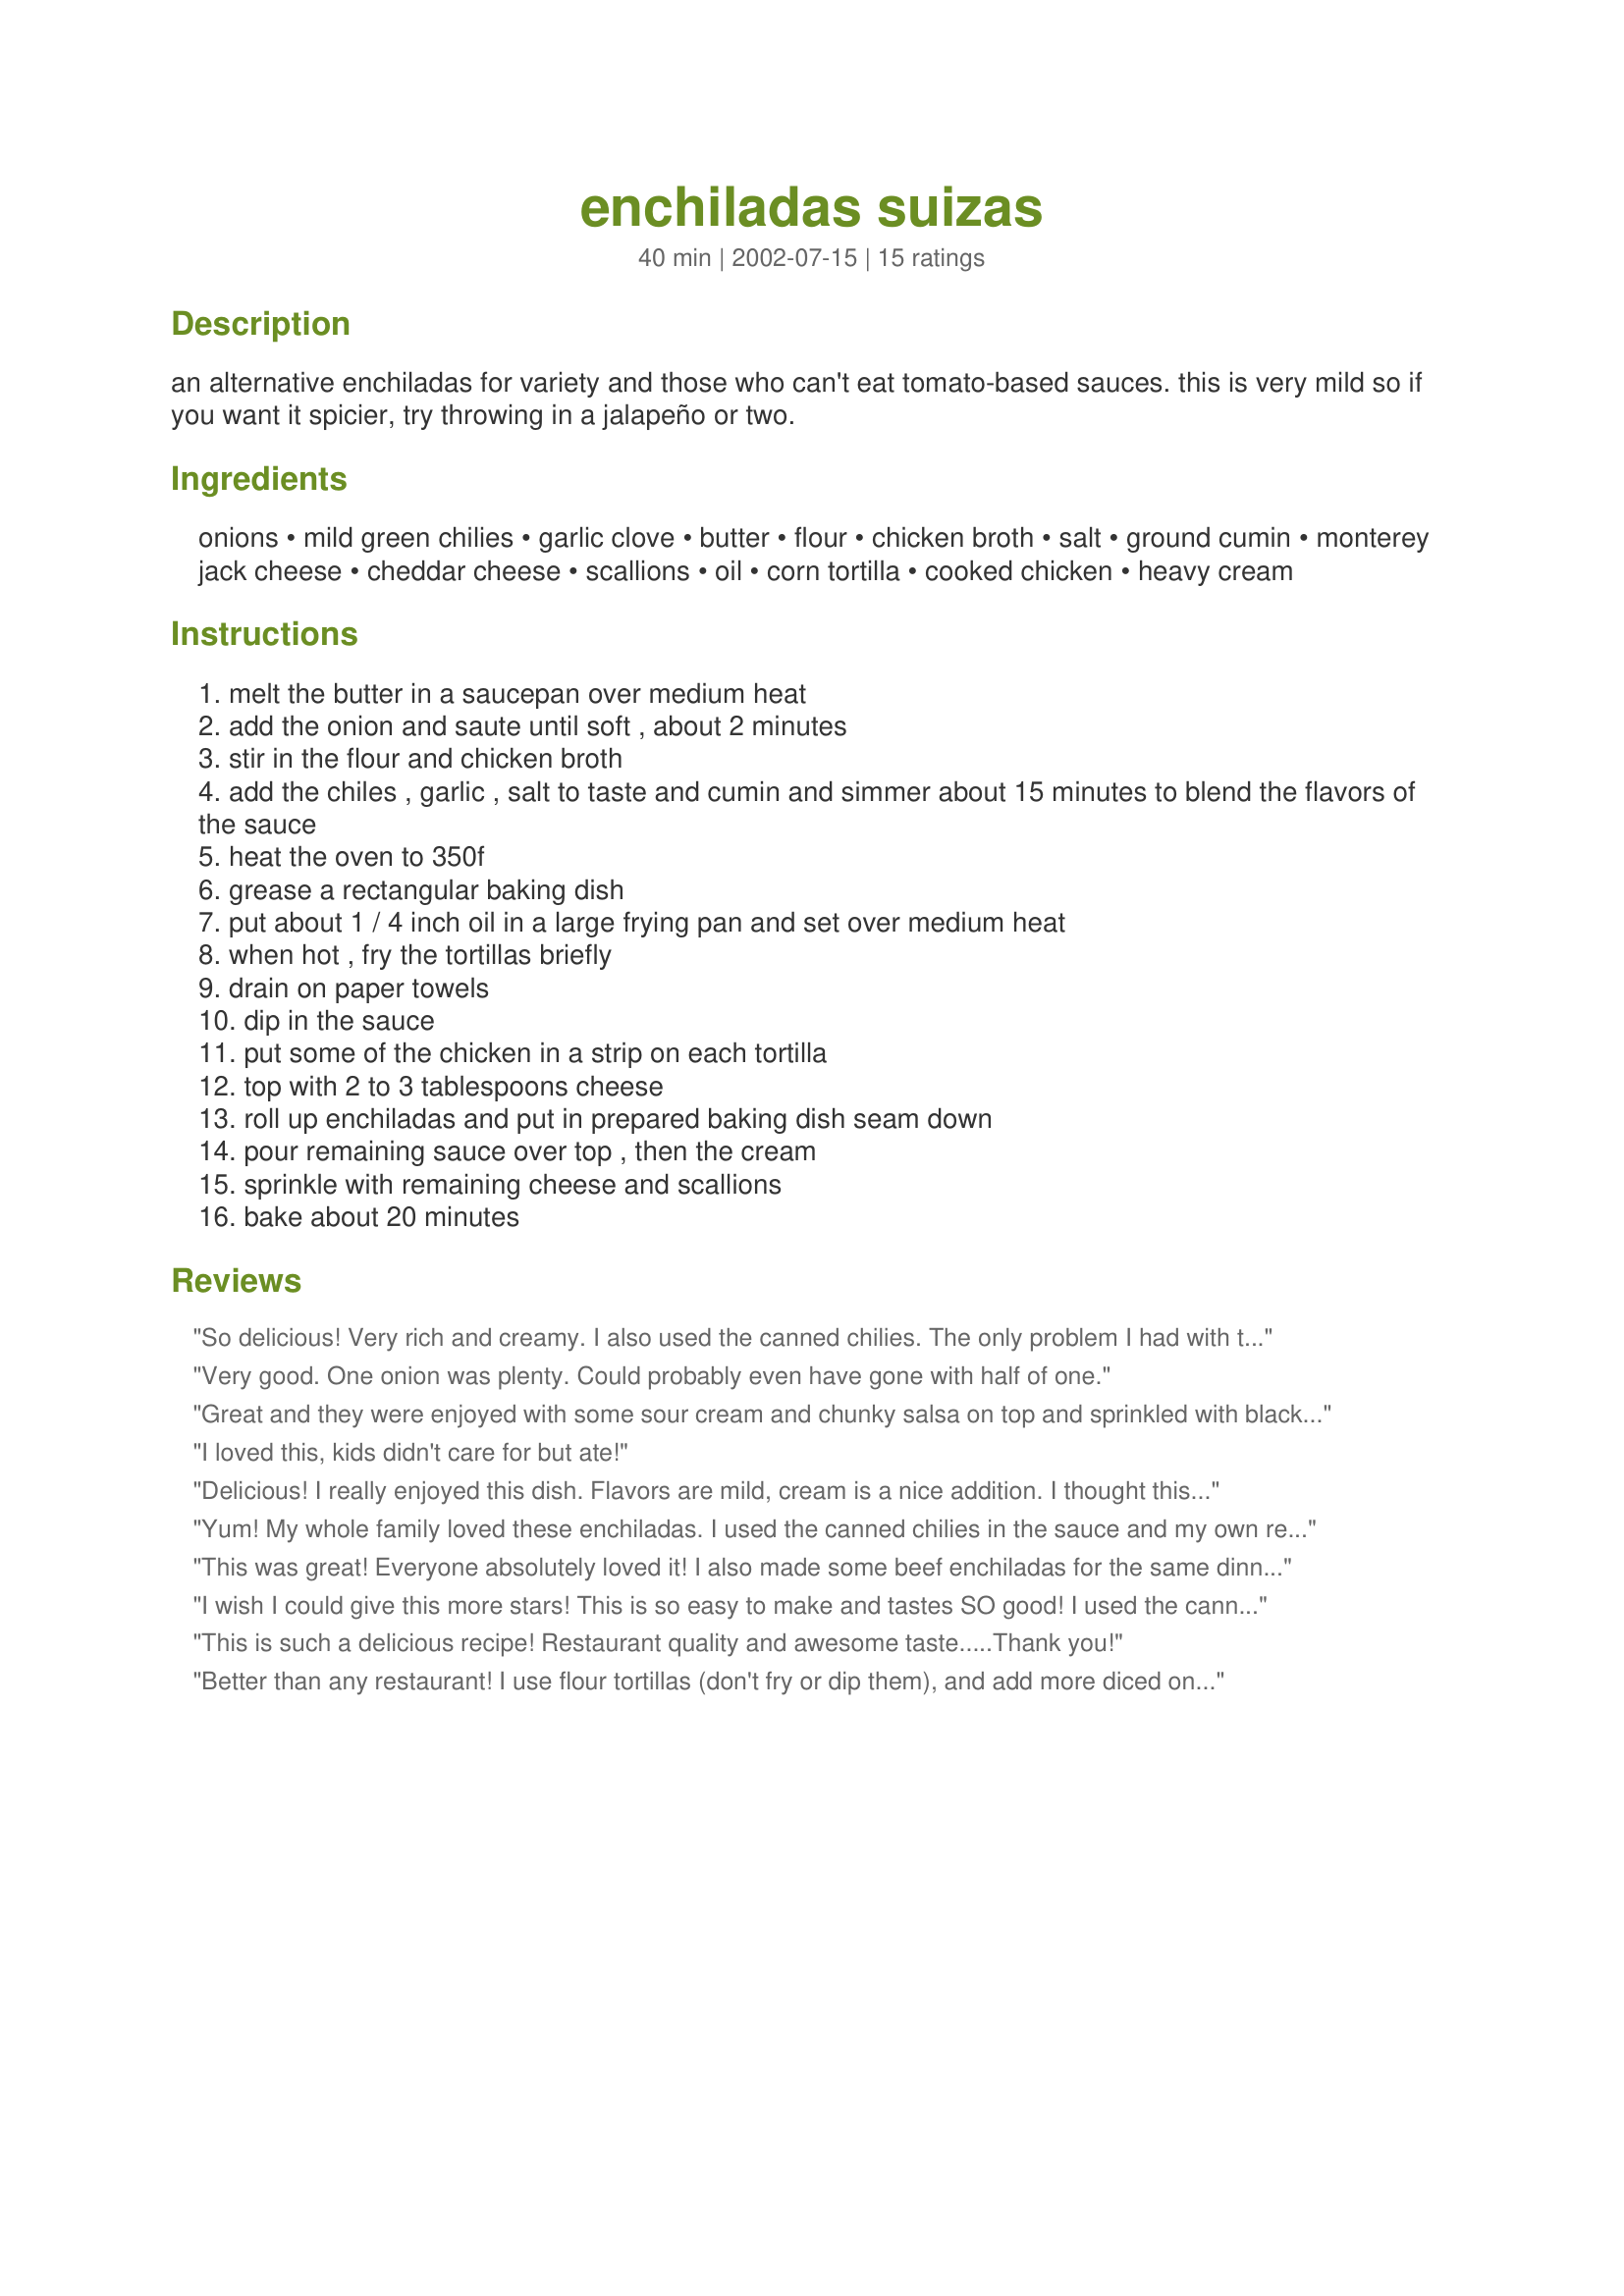
enchiladas suizas
Preparation time: 40 minutes

an alternative enchiladas for variety and those who can't eat tomato-based sauces. this is very mild so if you want it spicier, try throwing in a jalapeño or two.

Ingredients:
onions, mild green chilies, garlic clove, butter, flour, chicken broth, salt, ground cumin, monterey jack cheese, cheddar cheese, scallions, oil, corn tortilla, cooked chicken, heavy cream

Steps:
melt the butter in a saucepan over medium heat
add the onion and saute until soft , about 2 minutes
stir in the flour and chicken broth
add the chiles , garlic , salt to taste and cumin and simmer about 15 minutes to blend the flavors of the sauce
heat the oven to 350f
grease a rectangular baking dish
put about 1 / 4 inch oil in a large frying pan and set over medium heat
when hot , fry the tortillas briefly
drain on paper towels
dip in the sauce
put some of the chicken in a strip on each tortilla
top with 2 to 3 tablespoons cheese
roll up enchiladas and put in prepared baking dish seam down
pour remaining sauce over top , then the cream
sprinkle with remaining cheese and scallions
bake about 20 minutes

Reviews:
So delicious! Very rich and creamy. I also used the canned chilies. The only problem I had with the recipe was with frying the tortillas. They kept falling apart. Maybe I wasn't doing it correctly or my tortillas were dried out. But I ended up just skipping the frying part and just dipping them in the sauce.
Very good. One onion was plenty. Could probably even have gone with half of one.
Great and they were enjoyed with some sour cream and chunky salsa on top and sprinkled with black olives before serving. I have no idea what 72 inches corn tortillas are supposed to be, so I used the regular corn tortillas. These would be good with flour tortillas too!
I loved this, kids didn't care for but ate!
Delicious! I really enjoyed this dish. Flavors are mild, cream is a nice addition. I thought this was very attractive and would be nice for guests. I served with Mexican rice and Beach House Beans #114249. The only change I made was to add a bit more cheese. My husband prefers things a bit spicier so I may add some chopped jalapenos next time for him. Thanks, Sharlene W, this was delicious!
Yum! My whole family loved these enchiladas. I used the canned chilies in the sauce and my own recipe for shredded chicken for the filling. These are restaurant quality! Thanks for sharing Sharlene~W. I will make these again for sure.
This was great! Everyone absolutely loved it! I also made some beef enchiladas for the same dinner, and everyone kept coming back for more of these instead of the others. I used Mexican Queso Fresco instead of the Monterey Jack.
I wish I could give this more stars! This is so easy to make and tastes SO good! I used the canned chiles and I cannot believe the flavor this has. I cannot wait to make this again. I served it with Mexican rice and topped it with a dab of salsa and sour cream. This is a winning recipe ALL the way around!
This is such a delicious recipe! Restaurant quality and awesome taste.....Thank you!
Better than any restaurant! I use flour tortillas (don't fry or dip them), and add more diced onion to the filling. I made it vegetarian by crumbling and frying a block of tempeh in a bit of oil, and used this in place of the chicken. I've also made this using black beans and corn in place of the chicken.
5 stars all the way. I doubled the recipe. I used flour tortillas and didn't fry them, just dipped them in the sauce. After putting the chicken & cheese inside the tortilla, I also spooned a little green chile/onions out of the sauce and topped the filling before rolling it up. I served this to friends; everybody raved. Thank you!!
This was absolutely amazing!!! Will def make again?? Used only 1 lg onion n 3 tbl butter . Enjoy!
I've tried a few Enchilada Suiza recipes and this is the best I've tried! I was a little skeptical about the cream at the end, but it did add a nice creaminess. Next time, I think I'll try crema (a Mexican sour cream) for a little extra flavor. I also added some of the sauce to the chicken before filling the enchiladas. For the chiles, I used 3 med Poblano and roasted, peeled and chopped them. It turned out very mild so for extra kick, maybe use a couple of hotter peppers too. I served it with Mexican Rice and roasted corn. What a great meal! Thanks for sharing!
I am sure this is delicious and that the cream does wonders for the sauce; however I am curious why it is called &quot;SUIZAS&quot; when there is no swiss cheese in the recipe.
I think this eventually will be a great recipie, however we found that 2 onions was way too much, and it needed a little more flavor and zip. The heavy cream didn't set up, was liquid. I think next time I will make some changes and cook a little longer.
